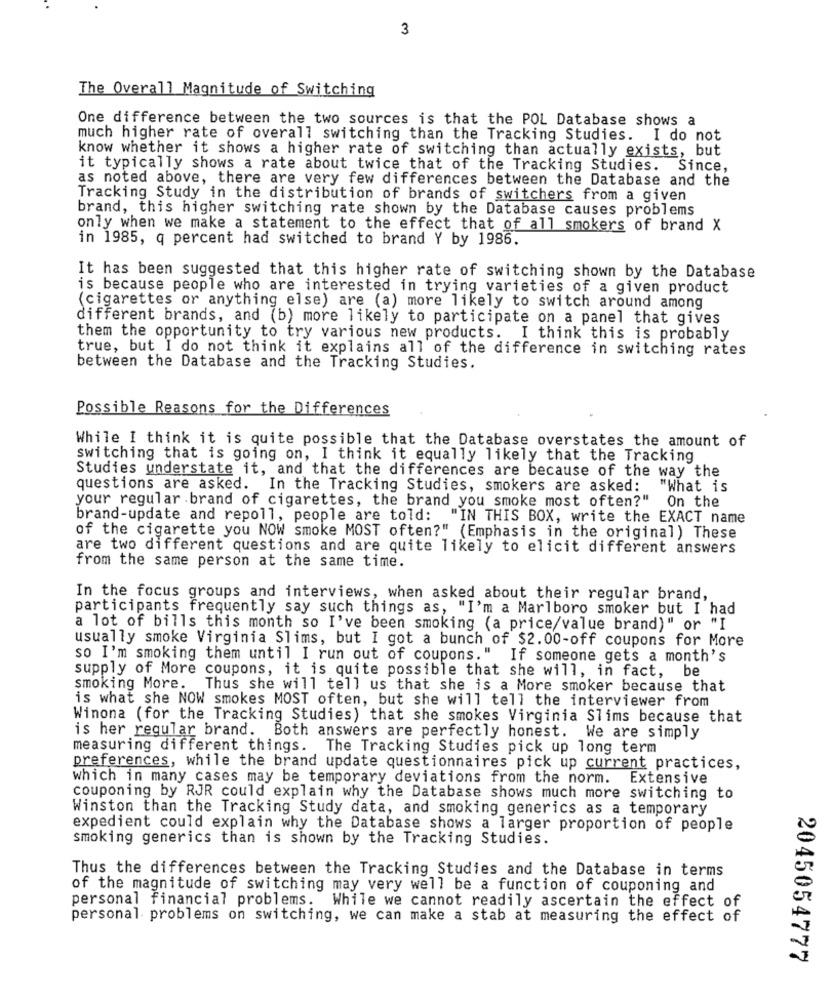
3
The Overall Magnitude of Switching
One difference between the two sources is that the POL Database shows a
much higher rate of overall switching than the Tracking Studies. I do not
know whether it shows a higher rate of switching than actually exists, but
it typically shows a rate about twice that of the Tracking Studies. Since,
as noted above, there are very few differences between the Database and the
Tracking Study in the distribution of brands of switchers from a given
brand, this higher switching rate shown by the Database causes problems
only when we make a statement to the effect that of all smokers of brand X
in 1985, q percent had switched to brand Y by 1986.
It has been suggested that this higher rate of switching shown by the Database
is because people who are interested in trying varieties of a given product
(cigarettes or anything else) are (a) more likely to switch around among
different brands, and (b) more likely to participate on a panel that gives
them the opportunity to try various new products.
I think this is probably
true, but I do not think it explains all of the difference in switching rates
between the Database and the Tracking Studies.
Possible Reasons for the Differences
While I think it is quite possible that the Database overstates the amount of
switching that is going on, I think it equally likely that the Tracking
Studies understate it, and that the differences are because of the way the
questions are asked. In the Tracking Studies, smokers are asked: "What is
your regular brand of cigarettes, the brand you smoke most often?" On the
brand-update and repoll, people are told: "IN THIS BOX, write the EXACT name
of the cigarette you NOW smoke MOST often?" (Emphasis in the original) These
are two different questions and are quite likely to elicit different answers
from the same person at the same time.
In the focus groups and interviews, when asked about their regular brand,
participants frequently say such things as, "I'm a Marlboro smoker but I had
a lot of bills this month so I've been smoking (a price/value brand)" or "I
usually smoke Virginia Slims, but I got a bunch of $2.00-off coupons for More
so I'm smoking them until I run out of coupons." If someone gets a month's
supply of More coupons, it is quite possible that she will, in fact, be
smoking More.
Thus she will tell us that she is a More smoker because that
is what she NOW smokes MOST often, but she will tell the interviewer from
Winona (for the Tracking Studies) that she smokes Virginia Slims because that
is her regular brand. Both answers are perfectly honest. We are simply
measuring different things. The Tracking Studies pick up long term
preferences, while the brand update questionnaires pick up current practices,
which in many cases may be temporary deviations from the norm. Extensive
couponing by RJR could explain why the Database shows much more switching to
Winston than the Tracking Study data, and smoking generics as a temporary
expedient could explain why the Database shows a larger proportion of people
smoking generics than is shown by the Tracking Studies.
Thus the differences between the Tracking Studies and the Database in terms
of the magnitude of switching may very well be a function of couponing and
While we cannot readily ascertain the effect of
personal financial problems.
personal problems on switching, we can make a stab at measuring the effect of
2045054777